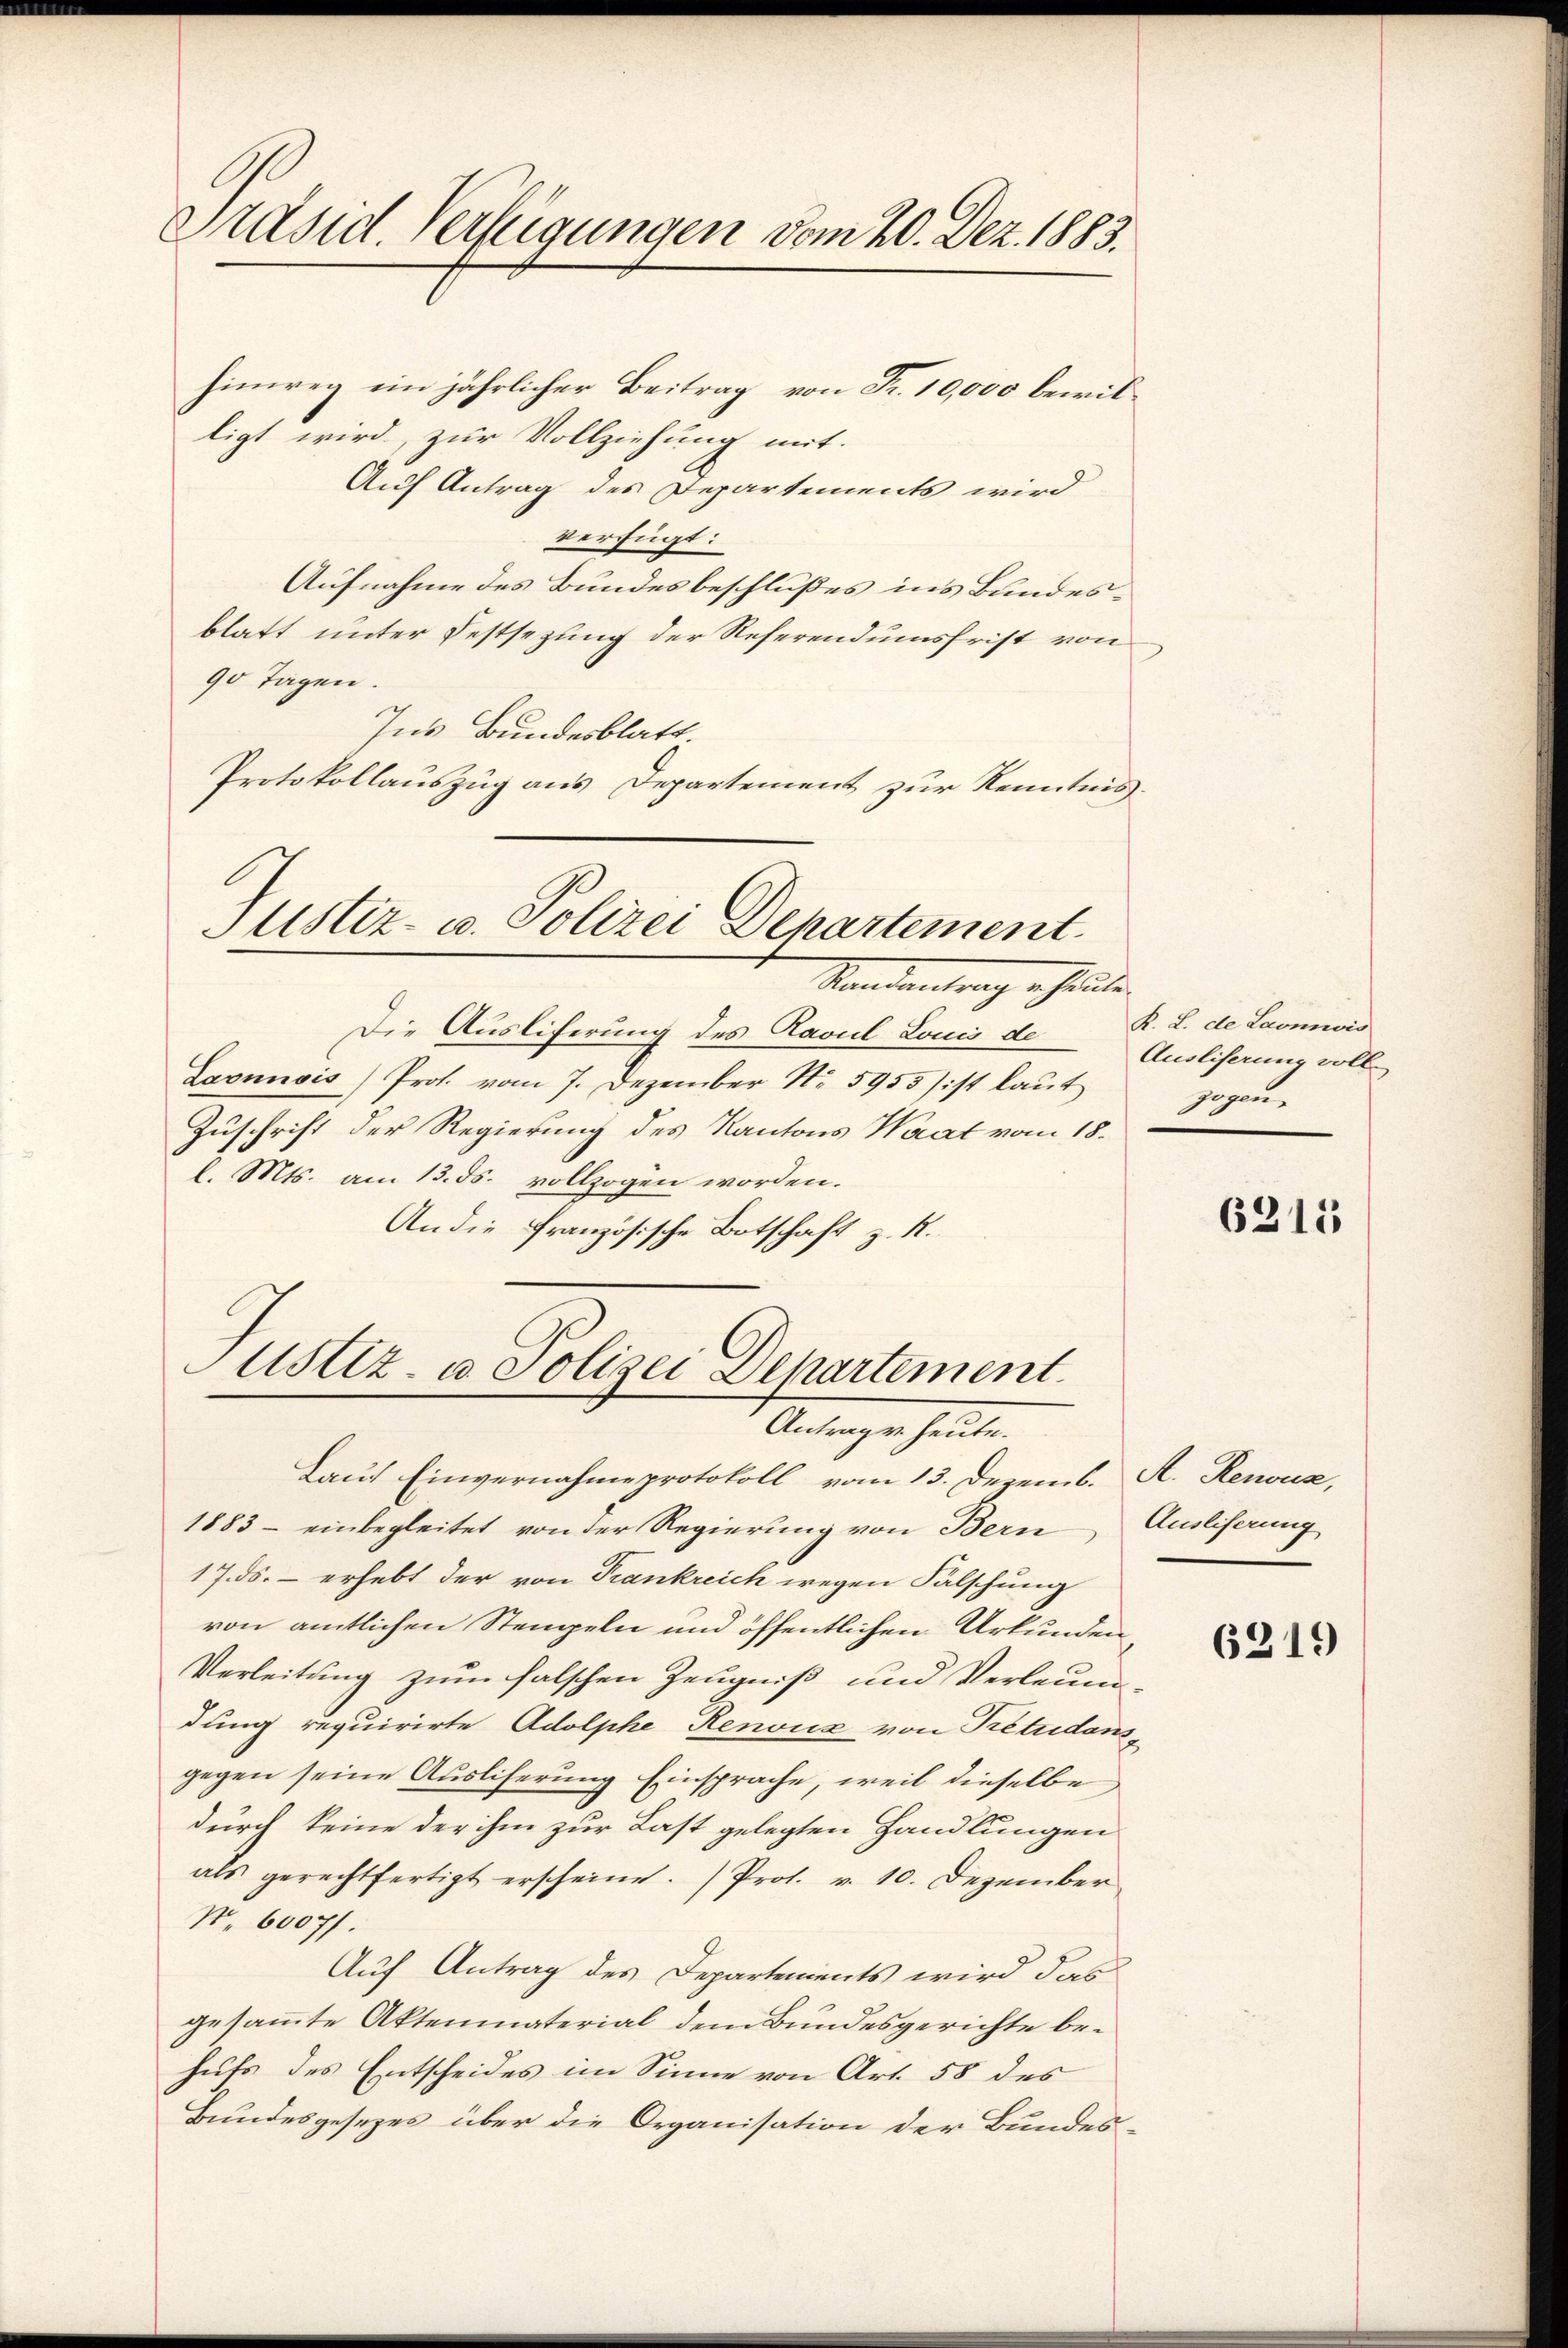
Präsid. Verfügungen vom 20. Dez. 1883.

hinweg ein jährlicher Beitrag von Fr. 10,000 bewilligt wird, zur Vollziehung mit.
Auf Antrag des Departements wird
verfügt:
Aufnahme des Bundesbeschlußes in’s Bundesblatt unter Festsezung der Referendumsfrist von
90 Tagen.
Ins Bundesblatt.
Protokollauszug aus Departement zur Kenntnis¬

Justiz- u. Polizei Departement.
Standentrag heute

Die Ausliferung des Ravul Louis de
Laonnois) Prof. vom 7. Dezember N. 5955) ist laut
Zuschrift der Regierung des Kantons Waat vom 18.
l. Mts. am 13. ds. vollzogen worden.
An die französische Botschaft z. R.

ustiz- u. Polizei Departement
Antrage heute.

Lauf Einvernahme protokoll vom 13. Dezemb. A. Renoux,
1883 - einbegleitet von der Regierung von Bern Ausliserung
17. ds. – erhebt der von Frankreich wegen Falschung
von amtlichen Stempeln und öffentlichen Urkunden
Verleitung zum falschen Zeugniß und Verleumdung requirirte Adolphe Renouz von Pétudensgegen seine Ausliferung Einsprache, weil dieselbe
durch keine der ihm zur Last gelegten Handlungen
als gerechtfertigt erscheine. Prof. v. 10. Dezember
Nr. 60071.
Auf Antrag des Departements wird das
gesammte Aktenmaterial dem Bundesgerichte behufs des Entscheides im Sinne von Art. 58 des
Bundesgesezes über die Organisation der Bundes¬

K. L. de Laonwis
Ausliserung voll
zogene

6215

6219